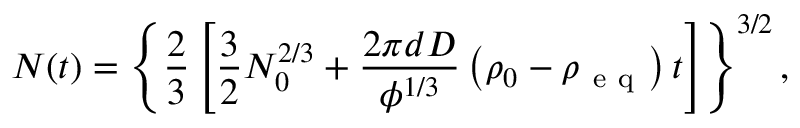
N ( t ) = \left\{ \frac { 2 } { 3 } \left[ \frac { 3 } { 2 } N _ { 0 } ^ { 2 / 3 } + \frac { 2 \pi d D } { \phi ^ { 1 / 3 } } \left( \rho _ { 0 } - \rho _ { \mathrm { ~ e ~ q ~ } } \right) t \right] \right\} ^ { 3 / 2 } ,